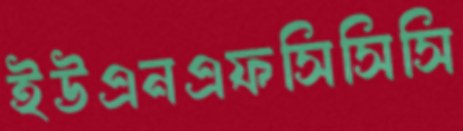
ইউএনএফসিসিসি